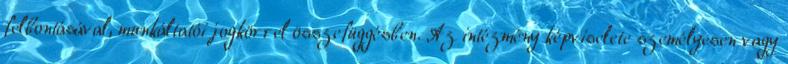
felbontásával, munkáltatói jogkörrel összefüggésben. Az intézmény képviselete személyesen vagy